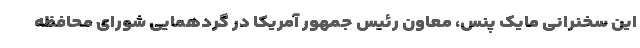
این سخنرانی مایک پنس، معاون رئیس جمهور آمریکا در گردهمایی شورای محافظه